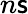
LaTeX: n\mathsf{s}